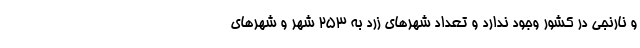
و نارنجی در کشور وجود ندارد و تعداد شهرهای زرد به ۲۵۳ شهر و شهرهای